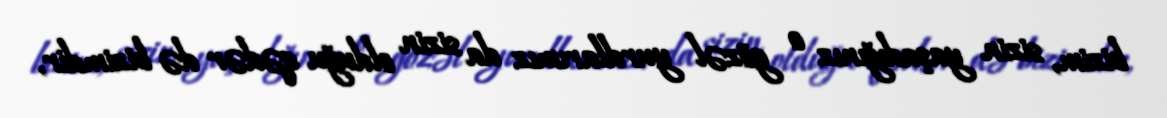
bizim, sizin yaşadığınız o gözəl yurdlarımız da sizin olduğu qədər də bizimdir,